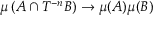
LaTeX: \mu \left( A \cap T ^ { - n } B \right) \to \mu ( A ) \mu ( B )